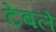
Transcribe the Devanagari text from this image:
टेबले